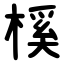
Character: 榽